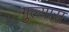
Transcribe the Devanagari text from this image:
गुल्यास